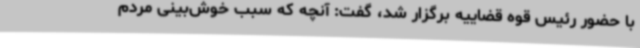
با حضور رئیس قوه قضاییه برگزار شد، گفت: آنچه که سبب خوش‌بینی مردم